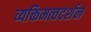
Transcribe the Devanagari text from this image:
व्यक्तिमत्वदर्शन